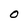
Character: O